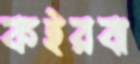
কইরবা